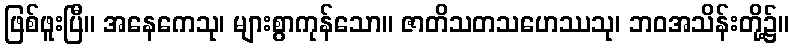
ဖြစ်ဖူးပြီ။ အနေကေသု၊ များစွာကုန်သော။ ဇာတိသတသဟေဿသု၊ ဘဝအသိန်းတို့၌။